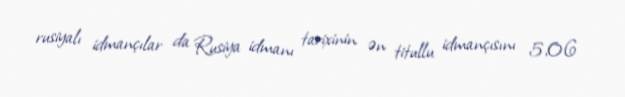
rusiyalı idmançılar da Rusiya idmanı tarixinin ən titullu idmançısını 5,06